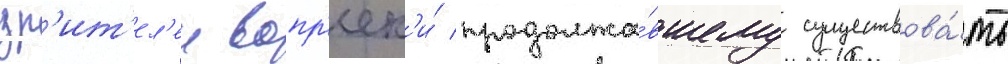
зр'ит'ел'еи вопр'ек'и́ продолжа́вшему существова́ть